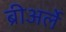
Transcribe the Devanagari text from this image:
ब्रीअर्ले